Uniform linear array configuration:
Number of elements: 32
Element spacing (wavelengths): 0.25
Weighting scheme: hamming
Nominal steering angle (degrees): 0
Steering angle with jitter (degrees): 0.5471
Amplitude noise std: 0.05
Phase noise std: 0.05

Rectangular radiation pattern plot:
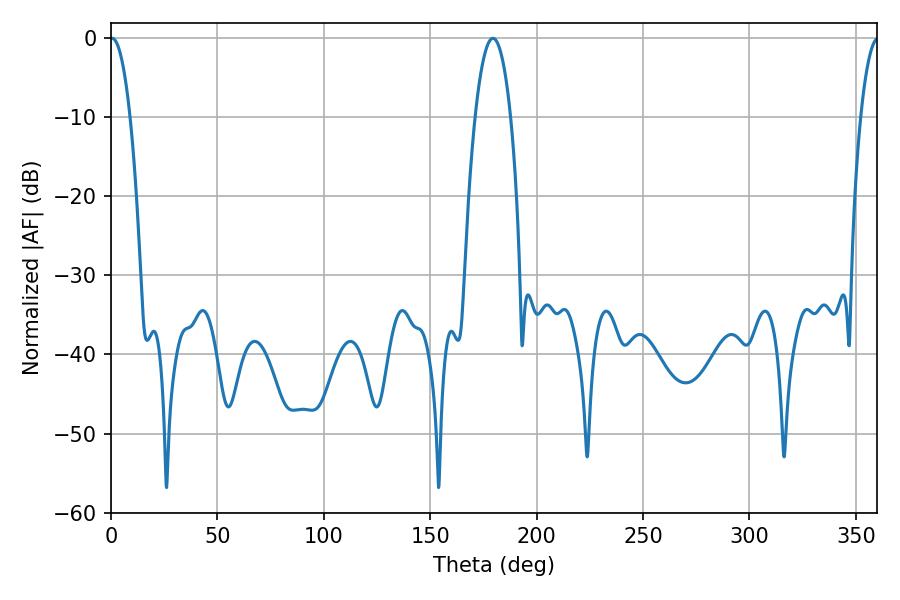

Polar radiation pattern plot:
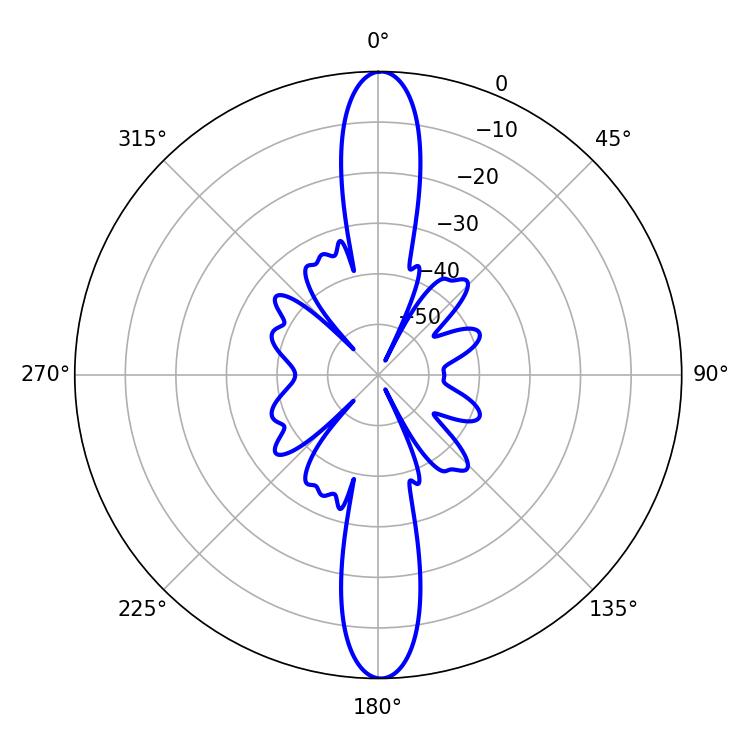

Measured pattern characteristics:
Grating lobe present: FALSE
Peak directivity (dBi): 27.784
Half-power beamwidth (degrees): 5.22
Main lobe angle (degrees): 0.54